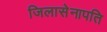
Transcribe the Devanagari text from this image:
जिलासेनापति